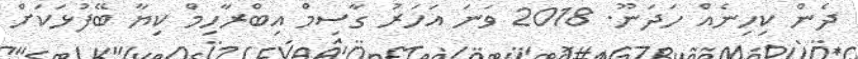
ދެން ކިހިނެއް ހަދަނޫ. 2018 ވަނަ އަހަރު ގާސިމް އިބްރާހިމް ކިޔާ ބޭފުޅަކަށް